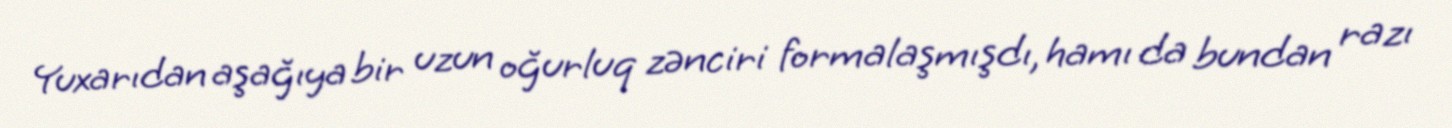
Yuxarıdan aşağıya bir uzun oğurluq zənciri formalaşmışdı, hamı da bundan razı